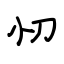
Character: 忉